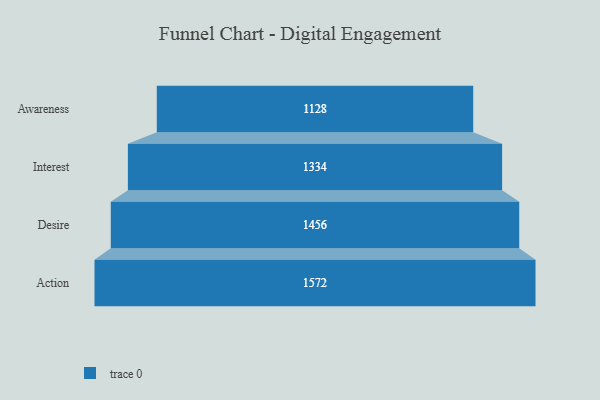
{"axis": {"x": "Stage", "y": "Value"}, "legend": [""], "data": [{"x": "Awareness", "y": 1128.0, "type": ""}, {"x": "Interest", "y": 1334.0, "type": ""}, {"x": "Desire", "y": 1456.0, "type": ""}, {"x": "Action", "y": 1572.0, "type": ""}]}